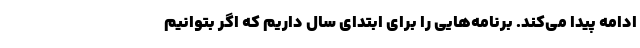
ادامه پیدا می‌کند. برنامه‌هایی را برای ابتدای سال داریم که اگر بتوانیم